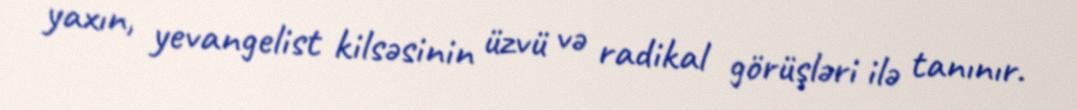
yaxın, yevangelist kilsəsinin üzvü və radikal görüşləri ilə tanınır.